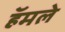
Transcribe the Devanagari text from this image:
हॅमले